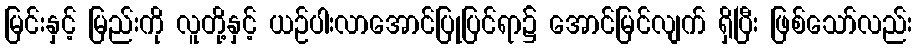
မြင်းနှင့် မြည်းကို လူတို့နှင့် ယဉ်ပါးလာအောင်ပြုပြင်ရာ၌ အောင်မြင်လျက် ရှိပြီး ဖြစ်သော်လည်း